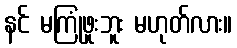
နင် မကြုံဖူးဘူး မဟုတ်လား။